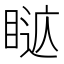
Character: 𥈚